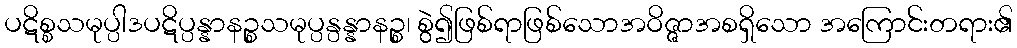
ပဋိစ္စသမုပ္ပါဒပဋိပ္ပန္နာနဉ္စသမုပ္ပန္ပန္နာနဉ္စ၊ စွဲ၍ဖြစ်ရာဖြစ်သောအဝိဇ္ဇာအစရှိသော အကြောင်းတရား၏